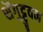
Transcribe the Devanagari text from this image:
शेंगुट्टुवन